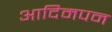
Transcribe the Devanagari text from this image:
आदिमपन